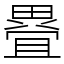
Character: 疂